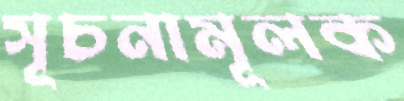
সূচনামূলক